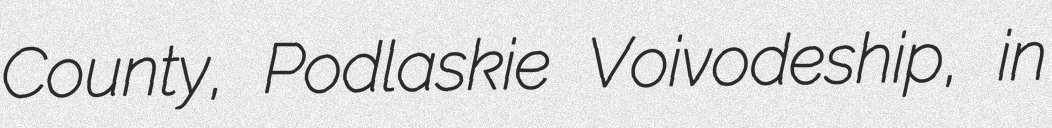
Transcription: County, Podlaskie Voivodeship, in